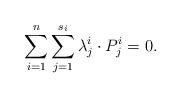
LaTeX: \begin{align*} \sum_{i=1}^n \sum_{j=1}^{s_i} \lambda_j^i\cdot P_j^i = 0.\end{align*}